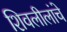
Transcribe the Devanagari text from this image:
शिवलीलांचे